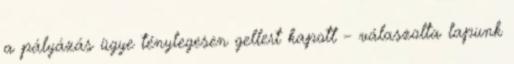
a pályázás ügye ténylegesen gellert kapott – válaszolta lapunk